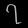
Digit: ၇